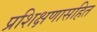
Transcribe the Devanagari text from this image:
प्रशिक्षणासहित